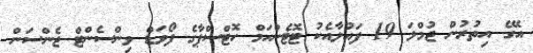
އޭގެ އިތުރުން ޖުމްލަ 19 ފައުލާއެކު ޓޮޓެންހަމް ހޮޓްސްޕާގެ ފޯވަޑް ވިންސެންޓް ޖެންސަން